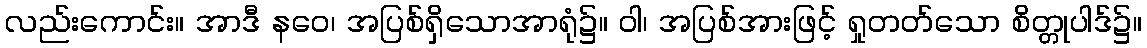
လည်းကောင်း။ အာဒီ နဝေ၊ အပြစ်ရှိသောအာရုံ၌။ ဝါ၊ အပြစ်အားဖြင့် ရှုတတ်သော စိတ္တုပါဒ်၌။